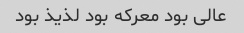
عالی بود معرکه بود لذیذ بود